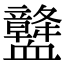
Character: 𧗛